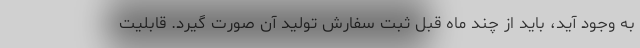
به وجود آید، باید از چند ماه قبل ثبت سفارش تولید آن صورت گیرد. قابلیت